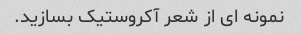
نمونه ای از شعر آکروستیک بسازید.